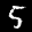
Label: 5